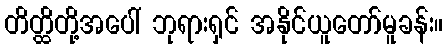
တိတ္ထိတို့အပေါ် ဘုရားရှင် အနိုင်ယူတော်မူခန်း။